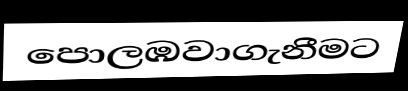
පොලඹවාගැනීමට